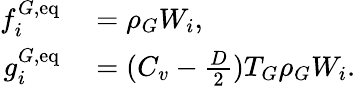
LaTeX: \begin{array}{rl}{f_{i}^{G,\mathrm{eq}}}&{{}=\rho_{G}W_{i},}\\ {g_{i}^{G,\mathrm{eq}}}&{{}=(C_{v}-\frac{D}{2})T_{G}\rho_{G}W_{i}.}\end{array}